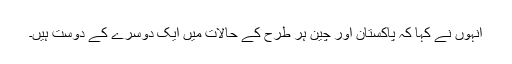
انہوں نے کہا کہ پاکستان اور چین ہر طرح کے حالات میں ایک دوسرے کے دوست ہیں۔